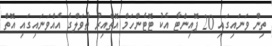
ތިން ވަނައިގައި 20 ޕޮއިންޓާ އެކު ޓޮޓެންހަމް އޮތްއިރު ތާވަލްގެ އެއްވަނައިގައި އޮތް